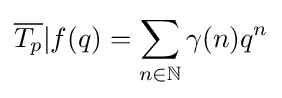
{\overline {T_{p}}}|f(q)=\sum _{n\in \mathbb {N} }\gamma (n)q^{n}